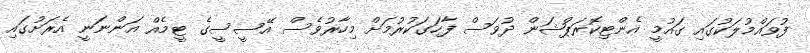
ފުވައްމުލަކުގައި ގައުމީ އެންޓިކޮރަޕްޝަން ދުވަސް ފާހަގަކުރުމަށް މިހާރުވެސް އޭސީސީގެ ޓީމެއް އަންނަނީ އެރަށުގައި